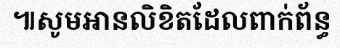
៕សូមអានលិខិតដែលពាក់ព័ន្ធ